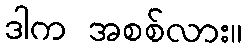
ဒါက အစစ်လား။